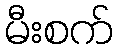
မီးစက်